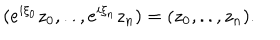
( e ^ { i \xi _ { 0 } } z _ { 0 } , . . , e ^ { i \xi _ { n } } z _ { n } ) = ( z _ { 0 } , . . , z _ { n } ) .